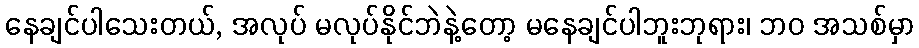
နေချင်ပါသေးတယ်, အလုပ် မလုပ်နိုင်ဘဲနဲ့တော့ မနေချင်ပါဘူးဘုရား၊ ဘဝ အသစ်မှာ